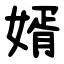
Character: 婿